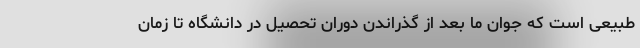
طبیعی است که جوان ما بعد از گذراندن دوران تحصیل در دانشگاه تا زمان